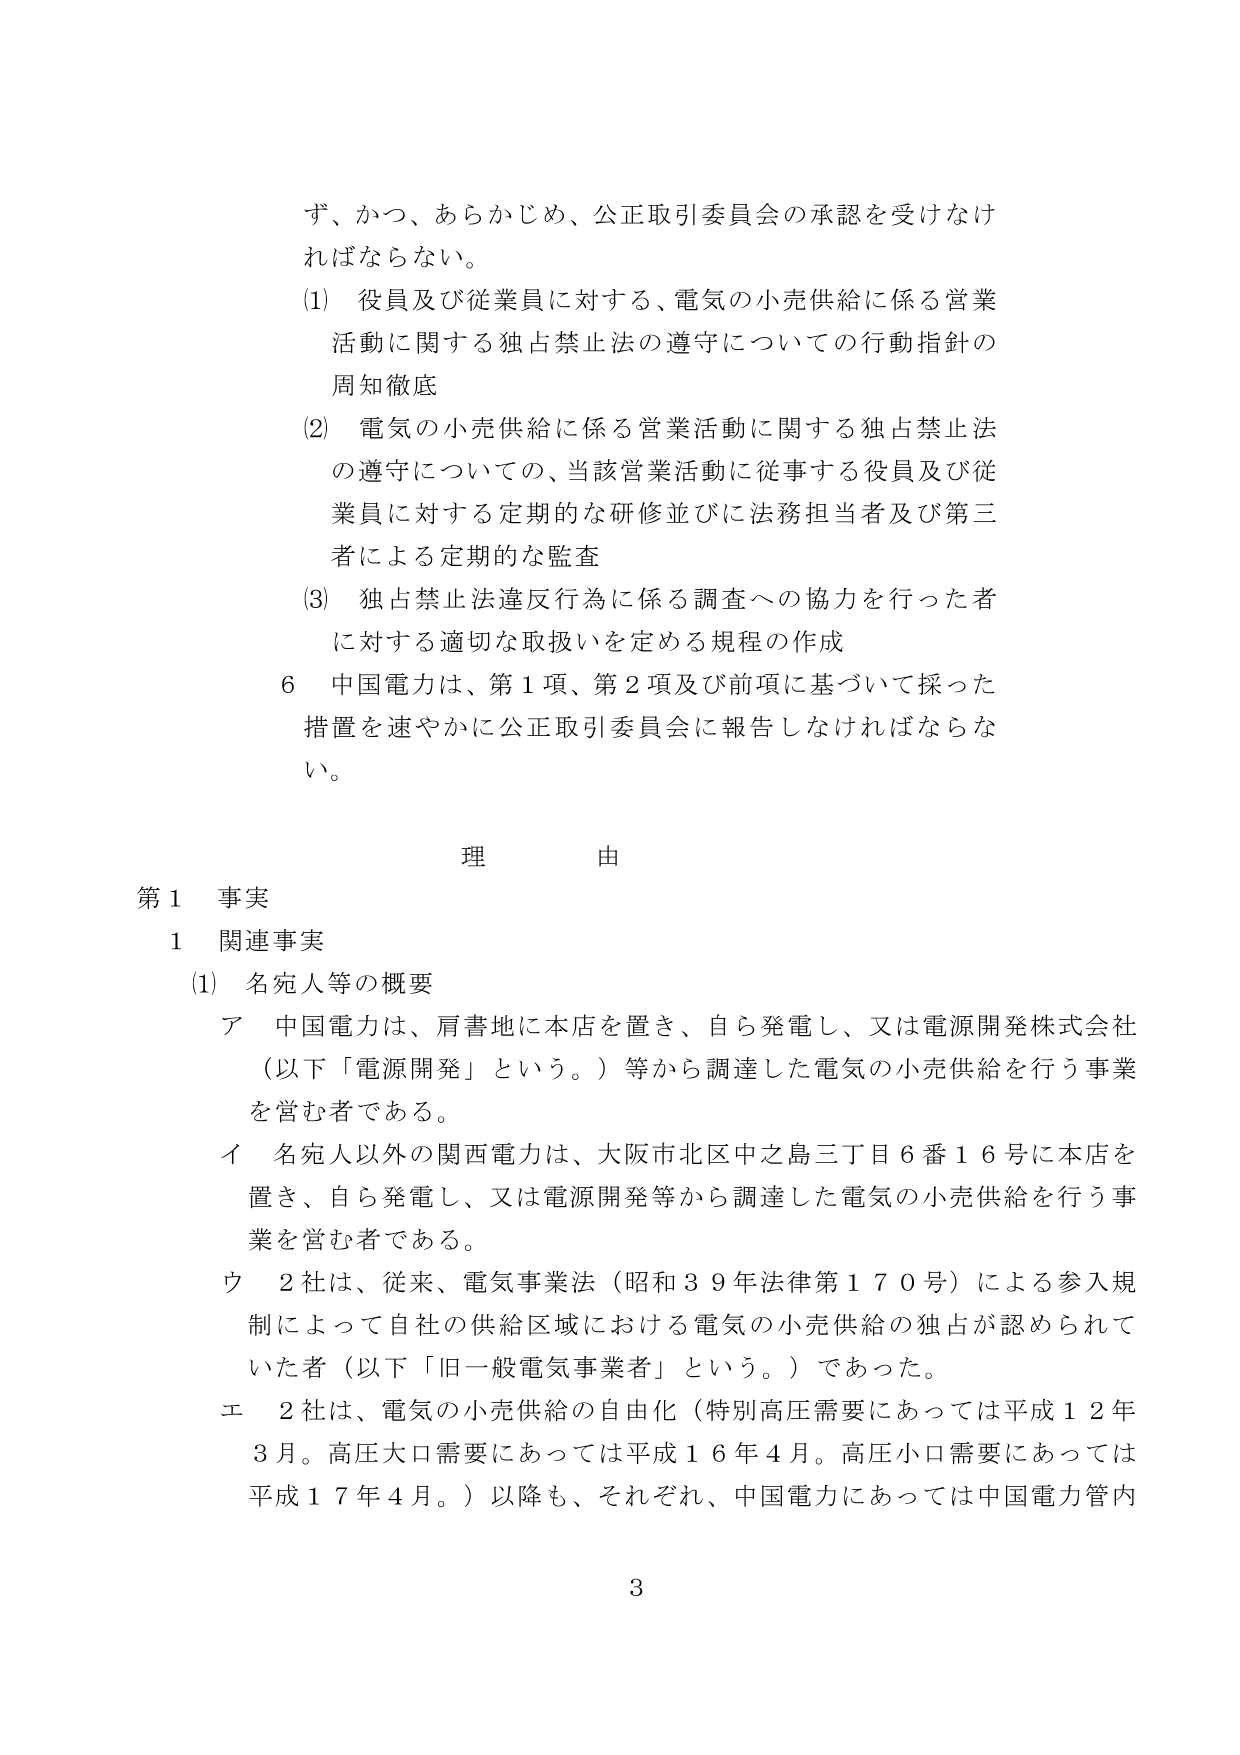
ず、かつ、あらかじめ、公正取引委員会の承認を受けなければならない。

(1) 役員及び従業員に対する、電気の小売供給に係る営業活動に関する独占禁止法の遵守についての行動指針の周知徹底

(2) 電気の小売供給に係る営業活動に関する独占禁止法の遵守についての、当該営業活動に従事する役員及び従業員に対する定期的な研修並びに法務担当者及び第三者による定期的な監査

(3) 独占禁止法違反行為に係る調査への協力を行った者に対する適切な取扱いを定める規程の作成

6 中国電力は、第1項、第2項及び前項に基づいて採った措置を速やかに公正取引委員会に報告しなければならない。

理由

第1 事実

1 関連事実

(1) 名宛人等の概要

ア 中国電力は、肩書地に本店を置き、自ら発電し、又は電源開発株式会社（以下「電源開発」という。）等から調達した電気の小売供給を行う事業を営む者である。

イ 名宛人以外の関西電力は、大阪市北区中之島三丁目6番16号に本店を置き、自ら発電し、又は電源開発等から調達した電気の小売供給を行う事業を営む者である。

ウ 2社は、従来、電気事業法（昭和39年法律第170号）による参入規制によって自社の供給区域における電気の小売供給の独占が認められていた者（以下「旧一般電気事業者」という。）であった。

エ 2社は、電気の小売供給の自由化（特別高圧需要にあっては平成12年3月。高圧大口需要にあっては平成16年4月。高圧小口需要にあっては平成17年4月。）以降も、それぞれ、中国電力にあっては中国電力管内

3